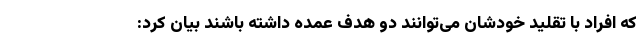
که افراد با تقلید خودشان می‌توانند دو هدف عمده داشته باشند بیان کرد: